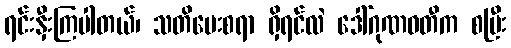
ရင်းနှီးကြပါတယ်၊ သတိပေးစရာ ရှိရင်လဲ ဒေါ်ဂုဏဝတီက စပြီး